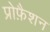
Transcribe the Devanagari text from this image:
प्रोफ़ैशन